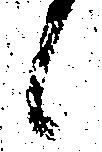
候